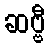
ဆဗ္ဗီ